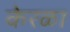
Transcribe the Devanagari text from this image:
केरळा